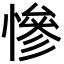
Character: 慘